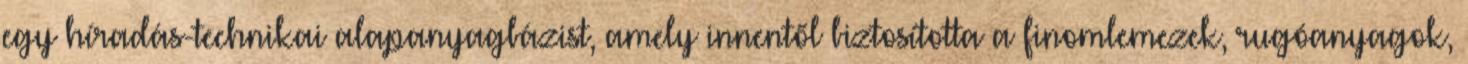
egy híradás-technikai alapanyagbázist, amely innentől biztosította a finomlemezek, rugóanyagok,